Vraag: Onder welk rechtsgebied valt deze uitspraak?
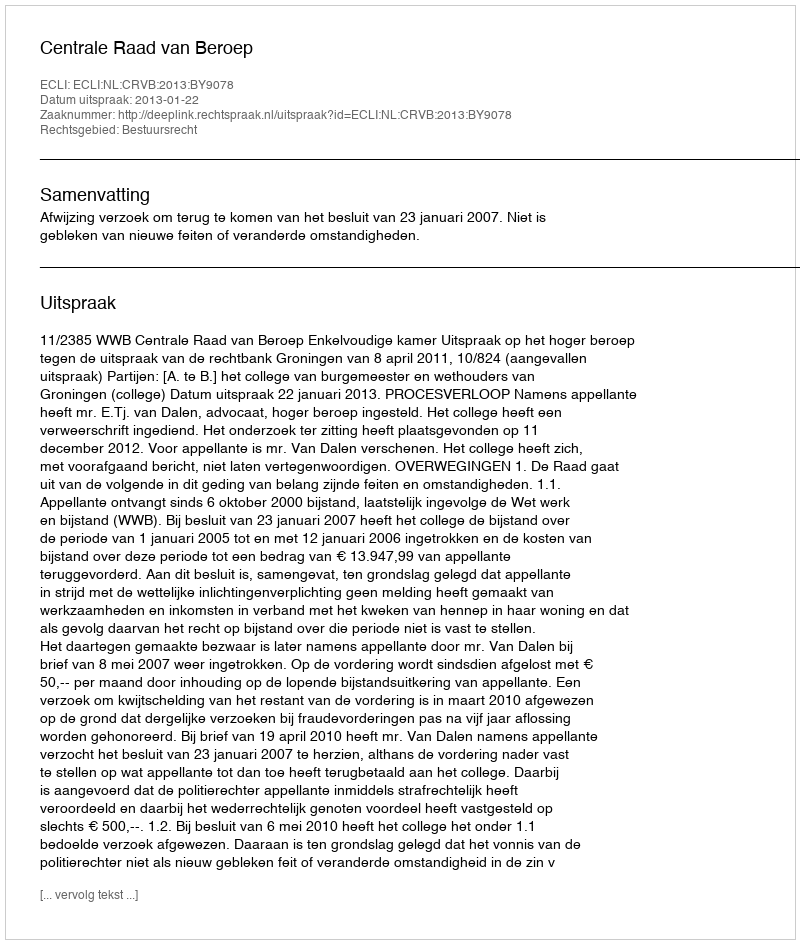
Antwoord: Bestuursrecht